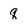
Character: q